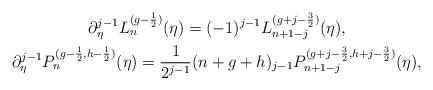
LaTeX: \begin{gather*} \partial_{\eta}^{j-1}L^{(g-\frac12)}_n(\eta)=(-1)^{j-1}L^{(g+j-\frac32)}_{n+1-j}(\eta),\\ \partial_{\eta}^{j-1}P^{(g-\frac12,h-\frac12)}_n(\eta)=\frac{1}{2^{j-1}}(n+g+h)_{j-1} P^{(g+j-\frac32,h+j-\frac32)}_{n+1-j}(\eta),\end{gather*}